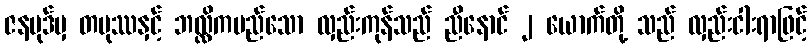
ဇနပုဒ်မှ တပုဿနှင့် ဘလ္လိကမည်သော လှည်းကုန်သည် ညီနောင် ၂ ယောက်တို့ သည် လှည်းငါးရာဖြင့်